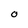
Character: O